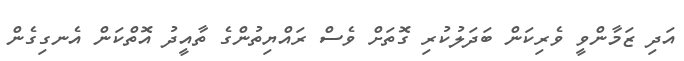
އަދި ޒަމާންވީ ވެރިކަން ބަދަލުކުރި ގޮތަށް ވެސް ރައްޔިތުންގެ ތާއީދު އޮތްކަން އެނގިގެން